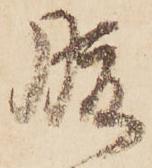
腹